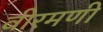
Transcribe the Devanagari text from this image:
वीरमणी